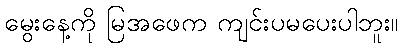
မွေးနေ့ကို မြအဖေက ကျင်းပမပေးပါဘူး။